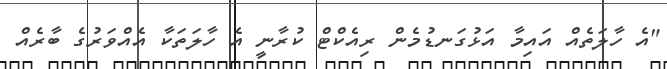
"އެ ހާލަތެއް އައިމާ އަޅުގަނޑުމެން ރިއެކްޓް ކުރާނީ އެ ހާލަތަކާ އެއްވަރުގެ ބާރެއް